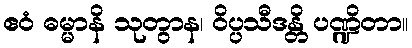
ဧဝံ ဓမ္မာနိ သုတွာန၊ ဝိပ္ပသီဒန္တိ ပဏ္ဍိတာ။